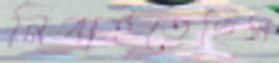
নিবাইতেছিস